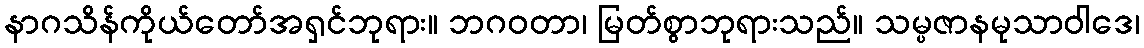
နာဂသိန်ကိုယ်တော်အရှင်ဘုရား။ ဘဂဝတာ၊ မြတ်စွာဘုရားသည်။ သမ္ပဇာနမုသာဝါဒေ၊